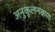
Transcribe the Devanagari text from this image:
अनुकूलनकण